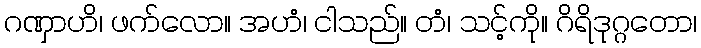
ဂဏှာဟိ၊ ဖက်လော။ အဟံ၊ ငါသည်။ တံ၊ သင့်ကို။ ဂိရိဒုဂ္ဂတော၊